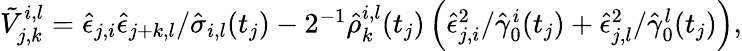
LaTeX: \begin{array}{r}{\tilde{V}_{j,k}^{i,l}=\hat{\epsilon}_{j,i}\hat{\epsilon}_{j+k,l}/\hat{\sigma}_{i,l}(t_{j})-2^{-1}\hat{\rho}_{k}^{i,l}(t_{j})\left(\hat{\epsilon}_{j,i}^{2}/\hat{\gamma}_{0}^{i}(t_{j})+\hat{\epsilon}_{j,l}^{2}/\hat{\gamma}_{0}^{l}(t_{j})\right),}\end{array}